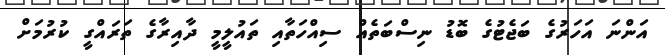
އަންނަ އަހަރުގެ ބަޖެޓުގެ ބޮޑު ނިސްބަތެއް ސިއްހަތާއި ތައުލީމީ ދާއިރާގެ ތަރައްގީ ކުރުމަށް